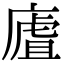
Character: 㢒